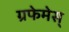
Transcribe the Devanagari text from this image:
ग्रफेमेस्